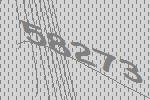
58273